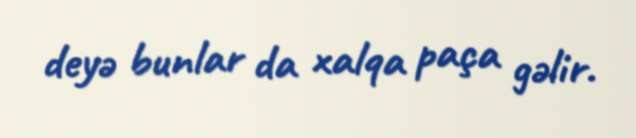
deyə bunlar da xalqa paça gəlir.